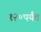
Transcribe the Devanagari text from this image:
१२०पर्यंत